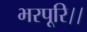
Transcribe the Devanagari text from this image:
भरपूरि।।